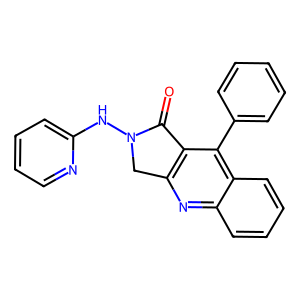
SMILES: O=C1c2c(nc3ccccc3c2-c2ccccc2)CN1Nc1ccccn1
Inhibits HIV replication: No